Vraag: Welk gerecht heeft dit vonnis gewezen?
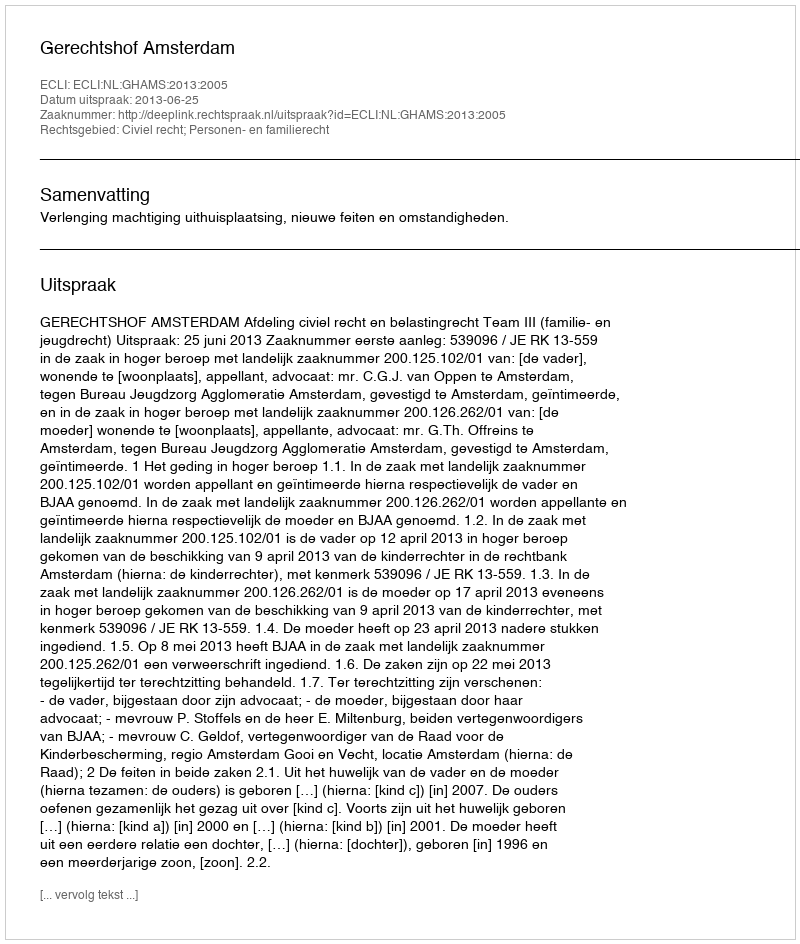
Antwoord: Gerechtshof Amsterdam